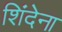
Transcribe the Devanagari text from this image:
शिंदेना